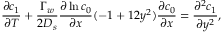
\frac { \partial c _ { 1 } } { \partial T } + \frac { \Gamma _ { w } } { 2 D _ { s } } \frac { \partial \ln c _ { 0 } } { \partial x } ( - 1 + 1 2 y ^ { 2 } ) \frac { \partial c _ { 0 } } { \partial x } = \frac { \partial ^ { 2 } c _ { 1 } } { \partial y ^ { 2 } } ,